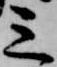
三